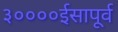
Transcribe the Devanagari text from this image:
३००००ईसापूर्व